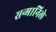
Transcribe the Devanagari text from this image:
सन्मानिले